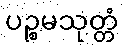
ပဉ္စမသုတ္တံ